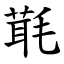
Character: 㲨